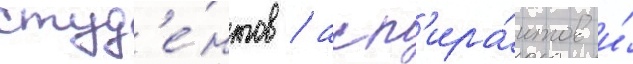
студ'е́нтов / асп'ира́нтов и́